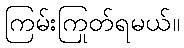
ကြမ်းကြုတ်ရမယ်။